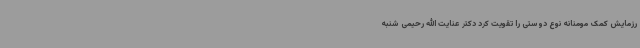
رزمایش کمک مومنانه نوع دوستی را تقویت کرد دکتر عنایت الله رحیمی شنبه